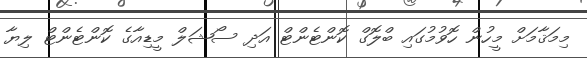
މިމަޤާމަށް މީހުން ހޮވުމުގައި ބްލޮގް ކޮންޓެންޓް އަދި ސޯޝަލް މީޑިއާގެ ކޮންޓެންޓް ލިޔާ